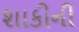
શાકીની